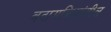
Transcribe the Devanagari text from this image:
बदामबियांतील